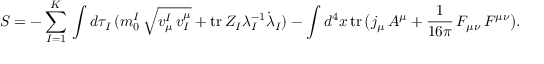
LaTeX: S = - \sum _ { I = 1 } ^ { K } \, \int d \tau _ { I } \, ( m _ { 0 } ^ { I } \, \sqrt { v _ { \mu } ^ { I } \, v _ { I } ^ { \mu } } + \mathrm { t r } \, Z _ { I } \lambda _ { I } ^ { - 1 } { \dot { \lambda } } _ { I } ) - \int d ^ { 4 } x \, \mathrm { t r } \, \bigl ( j _ { \mu } \, A ^ { \mu } + { \frac { 1 } { 1 6 \pi } } \, F _ { \mu \nu } \, F ^ { \mu \nu } \bigr ) .